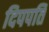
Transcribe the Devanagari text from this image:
दिपपति